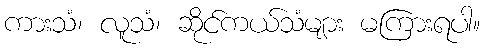
ကားသံ၊ လူသံ၊ ဆိုင်ကယ်သံများ မကြားရပါ။